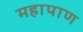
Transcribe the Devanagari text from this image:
महापाण